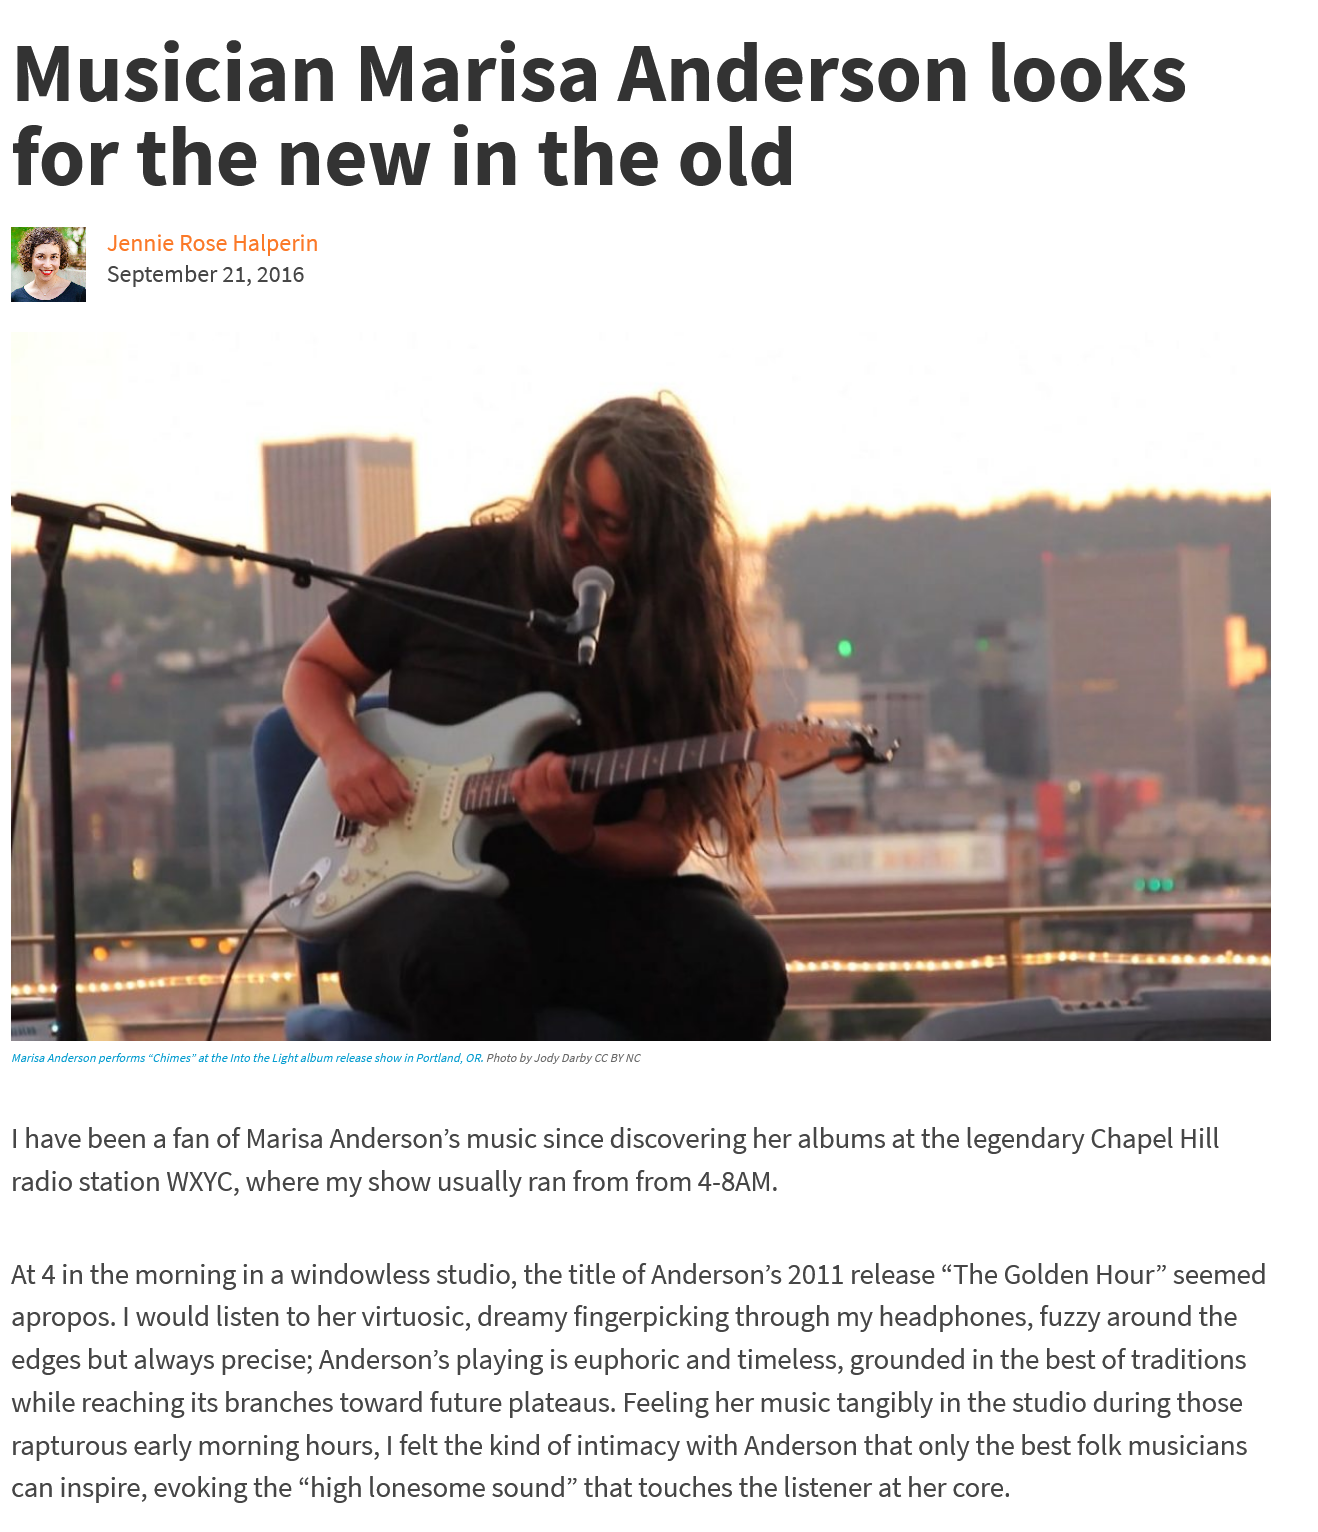
Musician    Marisa    Anderson    looks
   for    the    new    in    the    old
     Jennie    Rose    Halperin
     September    21,    2016

    eee
     ee    ee    ae    ne
  ‘Marisa Anderson performs “Chimes” at the Into the Light album release show in Portland, OR. Photo by Jody Darby CC BY NC
   | have    been    a  fan    of   Marisa    Anderson’s    music    since    discovering    her    albums    at    the    legendary    Chapel    Hill
   radio    station    WXYC,    where    my    show    usually    ran    from    from    4-8AM.
  At   4   in  the    morning    in    a  windowless    studio,    the   title    of  Anderson’s    2011    release    “The    Golden    Hour”    seemed
  apropos.    |   would    listen    to   her  virtuosic,    dreamy    fingerpicking    through    my    headphones,    fuzzy    around    the
  edges    but    always    precise;    Anderson’s    playing    is  euphoric    and    timeless,    grounded    in    the    best    of  traditions
  while    reaching    its  branches    toward    future    plateaus.    Feeling    her    music    tangibly    in  the    studio    during    those
   rapturous    early    morning    hours,    |   felt   the    kind    of  intimacy    with    Anderson    that    only    the    best    folk    musicians
  can  inspire.    evoking    the    “high    lonesome    sound”    that    touches    the    listener    at   her    core.